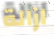
ازالة